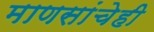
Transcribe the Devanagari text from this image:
माणसांचेही